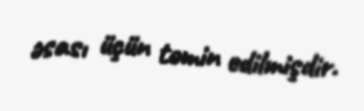
əsası üçün təmin edilmişdir.